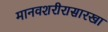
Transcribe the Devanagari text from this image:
मानवशरीरासारखा